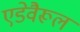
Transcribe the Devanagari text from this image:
एडेवैरूल